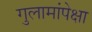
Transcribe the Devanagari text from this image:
गुलामांपेक्षा